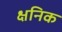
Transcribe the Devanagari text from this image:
क्षनिक